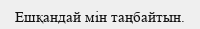
Ешқандай мін таңбайтын.